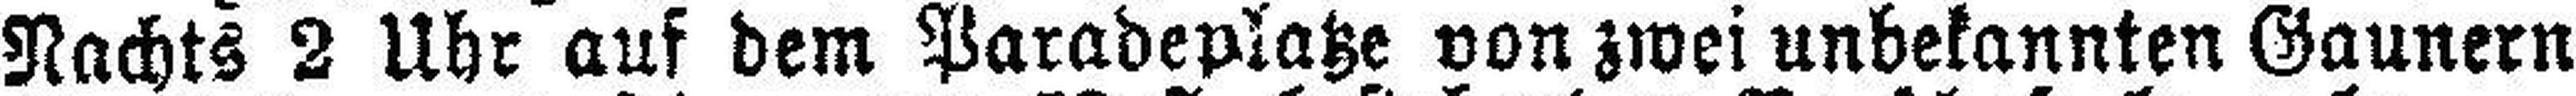
Nachts 2 Uhr auf dem Paradeplatze von zwei unbekannten Gaunern